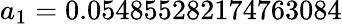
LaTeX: a_{1}=0.054855282174763084